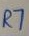
Text: R7